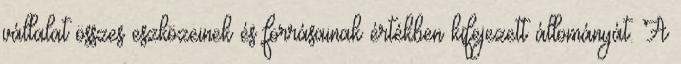
vállalat összes eszközeinek és forrásainak értékben kifejezett állományát. A